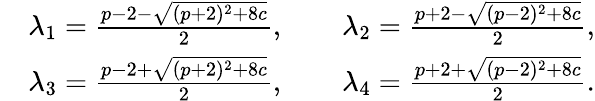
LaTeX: \begin{array}{rl}&{\lambda_{1}=\frac{p-2-\sqrt{(p+2)^{2}+8c}}{2},\qquad\lambda_{2}=\frac{p+2-\sqrt{(p-2)^{2}+8c}}{2},}\\ &{\lambda_{3}=\frac{p-2+\sqrt{(p+2)^{2}+8c}}{2},\qquad\lambda_{4}=\frac{p+2+\sqrt{(p-2)^{2}+8c}}{2}.}\end{array}